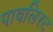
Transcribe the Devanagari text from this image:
पावलिस्ट